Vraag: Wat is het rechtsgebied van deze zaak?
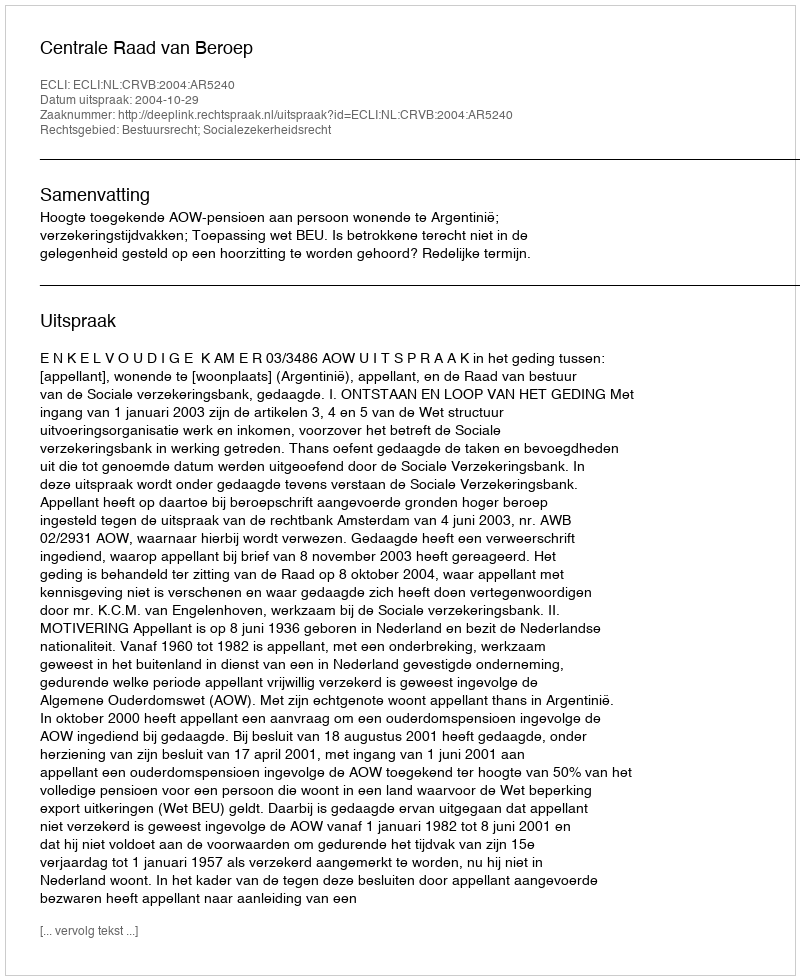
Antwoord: Bestuursrecht; Socialezekerheidsrecht